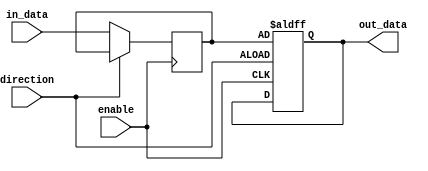
module IOBlockCompensated (
    input wire in_data,
    output wire out_data,
    input wire direction,
    input wire enable
);

reg internal_data;

always @(posedge direction or posedge enable) begin
    if (direction == 1'b0) begin // Input data flow
        if (enable) begin
            internal_data <= in_data;
        end
    end
    else begin // Output data flow
        out_data <= internal_data;
    end
end

endmodule